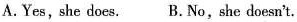
A.Yes, she does. B.No,she doesn't.